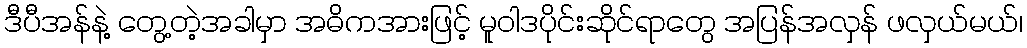
ဒီပီအန်နဲ့ တွေ့တဲ့အခါမှာ အဓိကအားဖြင့် မူဝါဒပိုင်းဆိုင်ရာတွေ အပြန်အလှန် ဖလှယ်မယ်၊